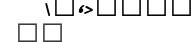
٥٥